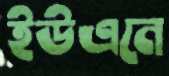
ইউএনে